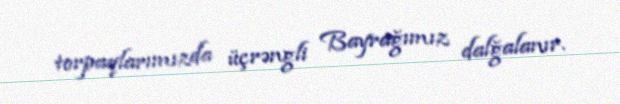
torpaqlarımızda üçrəngli Bayrağımız dalğalanır.